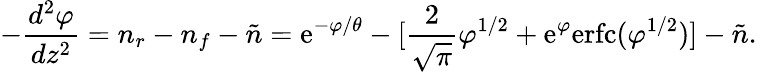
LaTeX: -{\frac{d^{2}\varphi}{dz^{2}}}=n_{r}-n_{f}-\tilde{n}=\mathrm{e}^{-\varphi/\theta}-[{\frac{2}{\sqrt{\pi}}}\varphi^{1/2}+\mathrm{e}^{\varphi}\mathrm{erfc}(\varphi^{1/2})]-\tilde{n}.